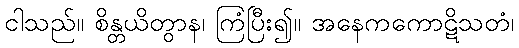
ငါသည်။ စိန္တယိတွာန၊ ကြံပြီး၍။ အနေကကောဋိသတံ၊